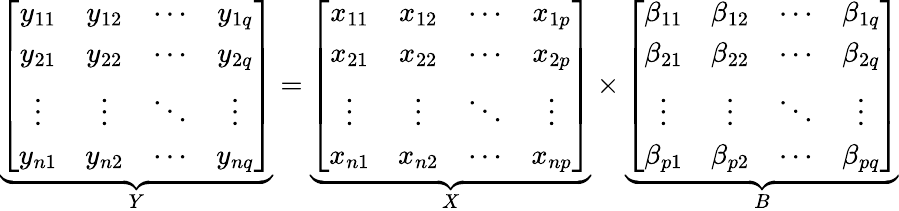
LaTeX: \underbrace{\left[\begin{array}{cccc}{y_{11}}&{y_{12}}&{\cdots}&{y_{1q}}\\ {y_{21}}&{y_{22}}&{\cdots}&{y_{2q}}\\ {\vdots}&{\vdots}&{\ddots}&{\vdots}\\ {y_{n1}}&{y_{n2}}&{\cdots}&{y_{nq}}\end{array}\right]}_{Y}=\underbrace{\left[\begin{array}{cccc}{x_{11}}&{x_{12}}&{\cdots}&{x_{1p}}\\ {x_{21}}&{x_{22}}&{\cdots}&{x_{2p}}\\ {\vdots}&{\vdots}&{\ddots}&{\vdots}\\ {x_{n1}}&{x_{n2}}&{\cdots}&{x_{np}}\end{array}\right]}_{X}\times\underbrace{\left[\begin{array}{cccc}{\beta_{11}}&{\beta_{12}}&{\cdots}&{\beta_{1q}}\\ {\beta_{21}}&{\beta_{22}}&{\cdots}&{\beta_{2q}}\\ {\vdots}&{\vdots}&{\ddots}&{\vdots}\\ {\beta_{p1}}&{\beta_{p2}}&{\cdots}&{\beta_{pq}}\end{array}\right]}_{B}